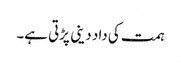
ہمت کی داد دینی پڑتی ہے۔